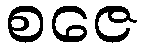
စဇေ